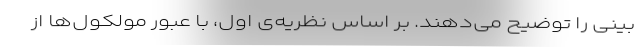
بینی را توضیح می‌دهند. بر اساس نظریه‌ی اول، با عبور مولکول‌ها از